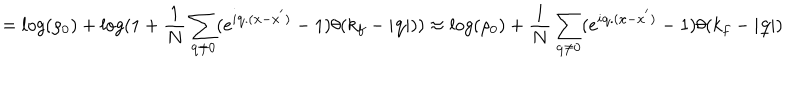
= l o g ( \rho _ { 0 } ) + l o g ( 1 + \frac { 1 } { N } \sum _ { { \bf { q } } \neq 0 } ( e ^ { i { \bf { q } } . ( { \bf { x } } - { \bf { x } } ^ { ' } ) } - 1 ) \theta ( k _ { f } - | { \bf { q } } | ) ) \approx l o g ( \rho _ { 0 } ) + \frac { 1 } { N } \sum _ { { \bf { q } } \neq 0 } ( e ^ { i { \bf { q } } . ( { \bf { x } } - { \bf { x } } ^ { ' } ) } - 1 ) \theta ( k _ { f } - | { \bf { q } } | )